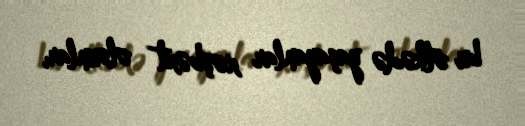
bu ölkədə yaşayanlar xoşbəxt olsunlar.